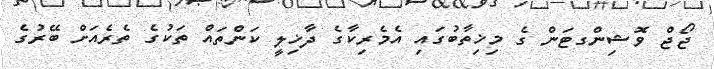
ޖޯޖް ވޮޝިންގޓަން ގެ މިޚިތާބުގައި އެމެރިކާގެ ދާޚިލީ ކަންތައް ތަކުގެ ތެރެއަށް ބޭރުގެ